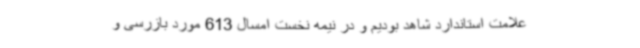
علامت استاندارد شاهد بودیم و در نیمه نخست امسال 613 مورد بازرسی و